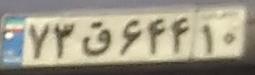
۷۳ق۶۴۴۱۰